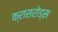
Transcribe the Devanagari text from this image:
क्रासरोड्स